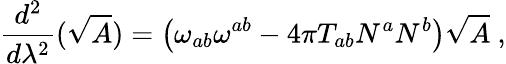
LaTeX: \frac{d^{2}}{d\lambda^{2}}(\sqrt{A})=\left(\omega_{ab}\omega^{ab}-4\pi T_{ab}N^{a}N^{b}\right)\sqrt{A}\ ,